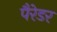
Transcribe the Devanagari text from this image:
पैरेडर